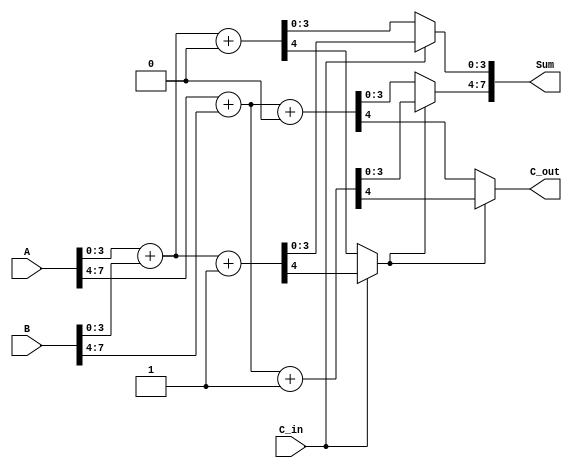
module carry_select_adder (
    input [7:0] A,      // First operand
    input [7:0] B,      // Second operand
    input C_in,         // Carry input
    output [7:0] Sum,   // Sum output
    output C_out        // Carry output
);
    wire [3:0] sum0_0, sum0_1, sum1_0, sum1_1; // Sums for segments
    wire c0_0, c0_1, c1_0, c1_1;                // Carry outs for segments

    // First 4-bit segment
    assign {c0_0, sum0_0} = A[3:0] + B[3:0] + 1'b0; // Carry-in = 0
    assign {c0_1, sum0_1} = A[3:0] + B[3:0] + 1'b1; // Carry-in = 1

    // Second 4-bit segment
    assign {c1_0, sum1_0} = A[7:4] + B[7:4] + 1'b0; // Carry-in = 0
    assign {c1_1, sum1_1} = A[7:4] + B[7:4] + 1'b1; // Carry-in = 1

    // MUX for first segment
    wire carry_select_0; // MUX select for first segment
    assign carry_select_0 = C_in;

    wire [3:0] sum_first;
    assign sum_first = carry_select_0 ? sum0_1 : sum0_0;

    // MUX for second segment
    wire carry_out_select; // MUX select for second segment
    assign carry_out_select = carry_select_0 ? c0_1 : c0_0;

    wire [3:0] sum_second;
    assign sum_second = carry_out_select ? sum1_1 : sum1_0;

    // Final sum and carry out
    assign Sum = {sum_second, sum_first};
    assign C_out = carry_out_select ? c1_1 : c1_0;

endmodule